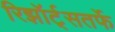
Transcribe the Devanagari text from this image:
रिझॉर्ट्‌सतर्फे